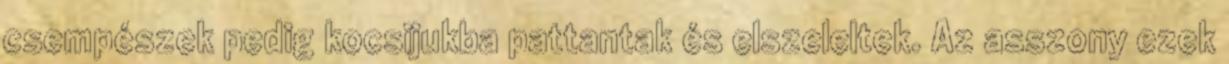
csempészek pedig kocsijukba pattantak és elszeleltek. Az asszony ezek